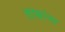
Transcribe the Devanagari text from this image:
ताम्रांना